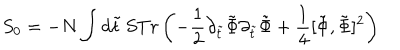
S _ { 0 } = - N \int d \tilde { t } \, S T r \left( - \frac { 1 } { 2 } \partial _ { \tilde { t } } \tilde { \Phi } \partial _ { \tilde { t } } \tilde { \Phi } + \frac { 1 } { 4 } [ \tilde { \Phi } , \tilde { \Phi } ] ^ { 2 } \right)